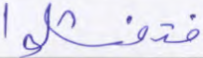
فتفشلوا